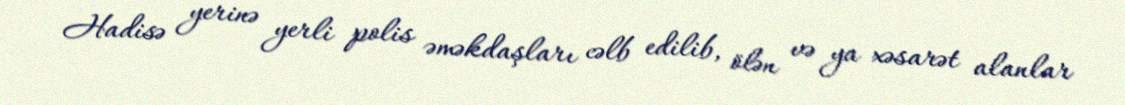
Hadisə yerinə yerli polis əməkdaşları cəlb edilib, ölən və ya xəsarət alanlar